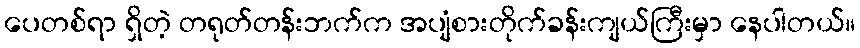
ပေတစ်ရာ ရှိတဲ့ တရုတ်တန်းဘက်က အပျံစားတိုက်ခန်းကျယ်ကြီးမှာ နေပါတယ်။